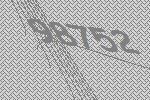
98752